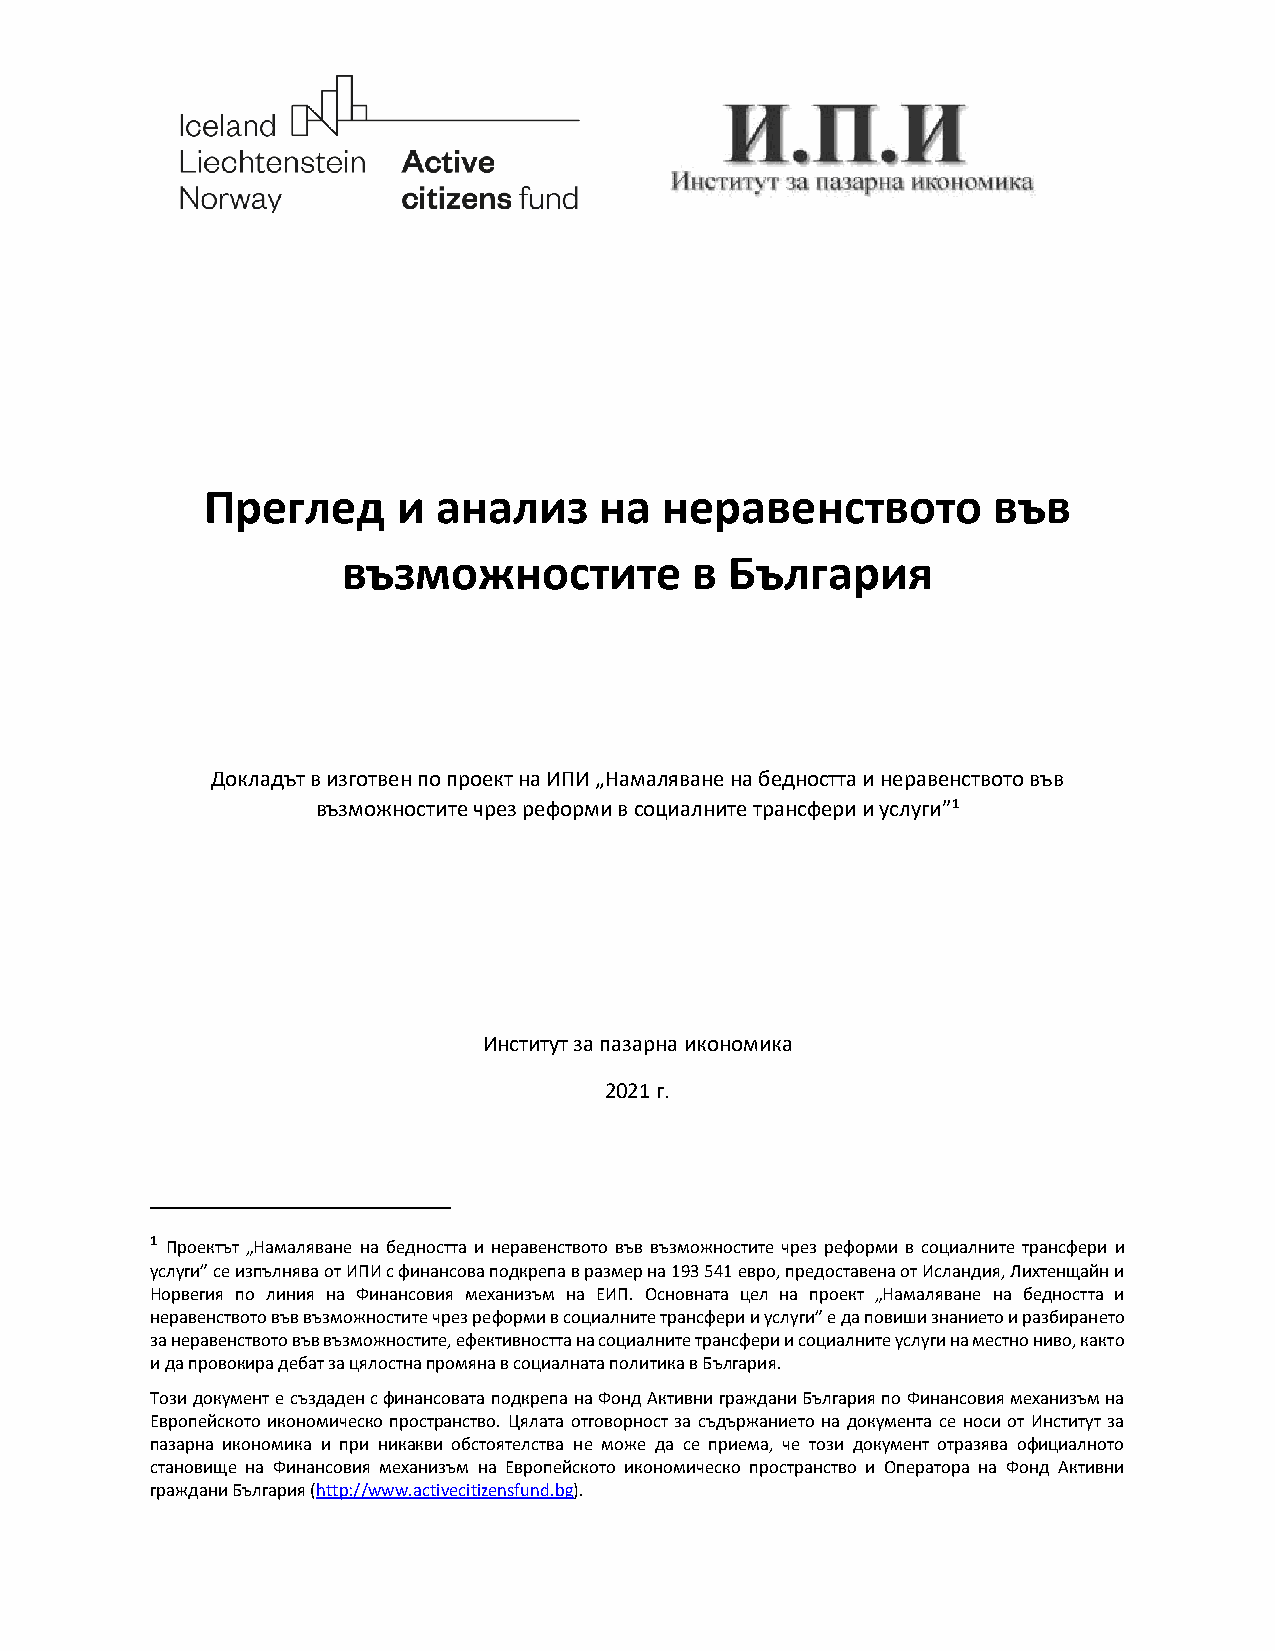
Преглед      и  анализ     на  неравенството         във
 възможностите          в България
 Докладът в изготвен по проект на ИПИ „Намаляване на бедността и неравенството във
 възможностите чрез реформи в социалните трансфери и услуги”1
 Институт за пазарна икономика
 2021 г.
 1 Проектът „Намаляване на бедността и неравенството във възможностите чрез реформи в социалните трансфери и
 услуги” се изпълнява от ИПИ с финансова подкрепа в размер на 193 541 евро, предоставена от Исландия, Лихтенщайн и
 Норвегия по линия на Финансовия механизъм на ЕИП. Основната цел на проект „Намаляване на бедността и
 неравенството във възможностите чрез реформи в социалните трансфери и услуги” е да повиши знанието и разбирането
 за неравенството във възможностите, ефективността на социалните трансфери и социалните услуги на местно ниво, както
 и да провокира дебат за цялостна промяна в социалната политика в България.
 Този документ е създаден с финансовата подкрепа на Фонд Активни граждани България по Финансовия механизъм на
 Европейското икономическо пространство. Цялата отговорност за съдържанието на документа се носи от Институт за
 пазарна икономика и при никакви обстоятелства не може да се приема, че този документ отразява официалното
 становище на Финансовия механизъм на Европейското икономическо пространство и Оператора на Фонд Активни
 граждани България (http://www.activecitizensfund.bg).